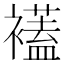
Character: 𧞔